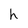
Character: h